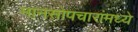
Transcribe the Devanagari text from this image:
मानसोपचारांमध्ये